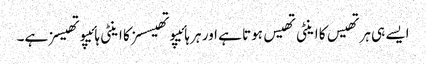
ایسے ہی ہرتھیس کا اینٹی تھیس ہوتا ہے اور ہر ہائیپوتھیسسز کا اینٹی ہائیپوتھیسز ہے۔